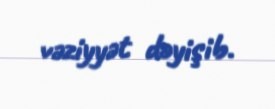
vəziyyət dəyişib.